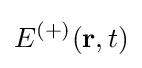
E^{(+)}(\mathbf {r} ,t)